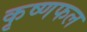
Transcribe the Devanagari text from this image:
कृष्णफल